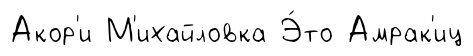
Акор'и М'ихайловка Э́то Амрак'иц